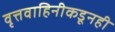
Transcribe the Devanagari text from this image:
वृत्तवाहिनीकडूनही